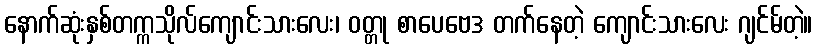
နောက်ဆုံးနှစ်တက္ကသိုလ်ကျောင်းသားလေး၊ ဝတ္တု စာပေဗေဒ တက်နေတဲ့ ကျောင်းသားလေး ဂျင်မ်တဲ့။